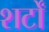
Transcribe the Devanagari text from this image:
शर्टों